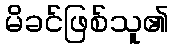
မိခင်ဖြစ်သူ၏